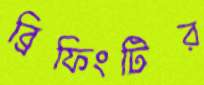
ব্রিফিংটির